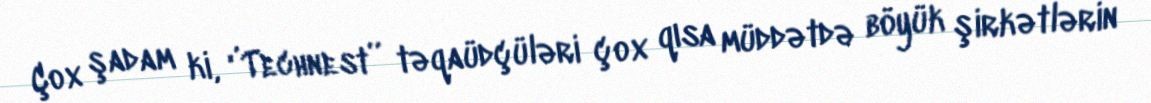
Çox şadam ki, ‘’Technest’’ təqaüdçüləri çox qısa müddətdə böyük şirkətlərin